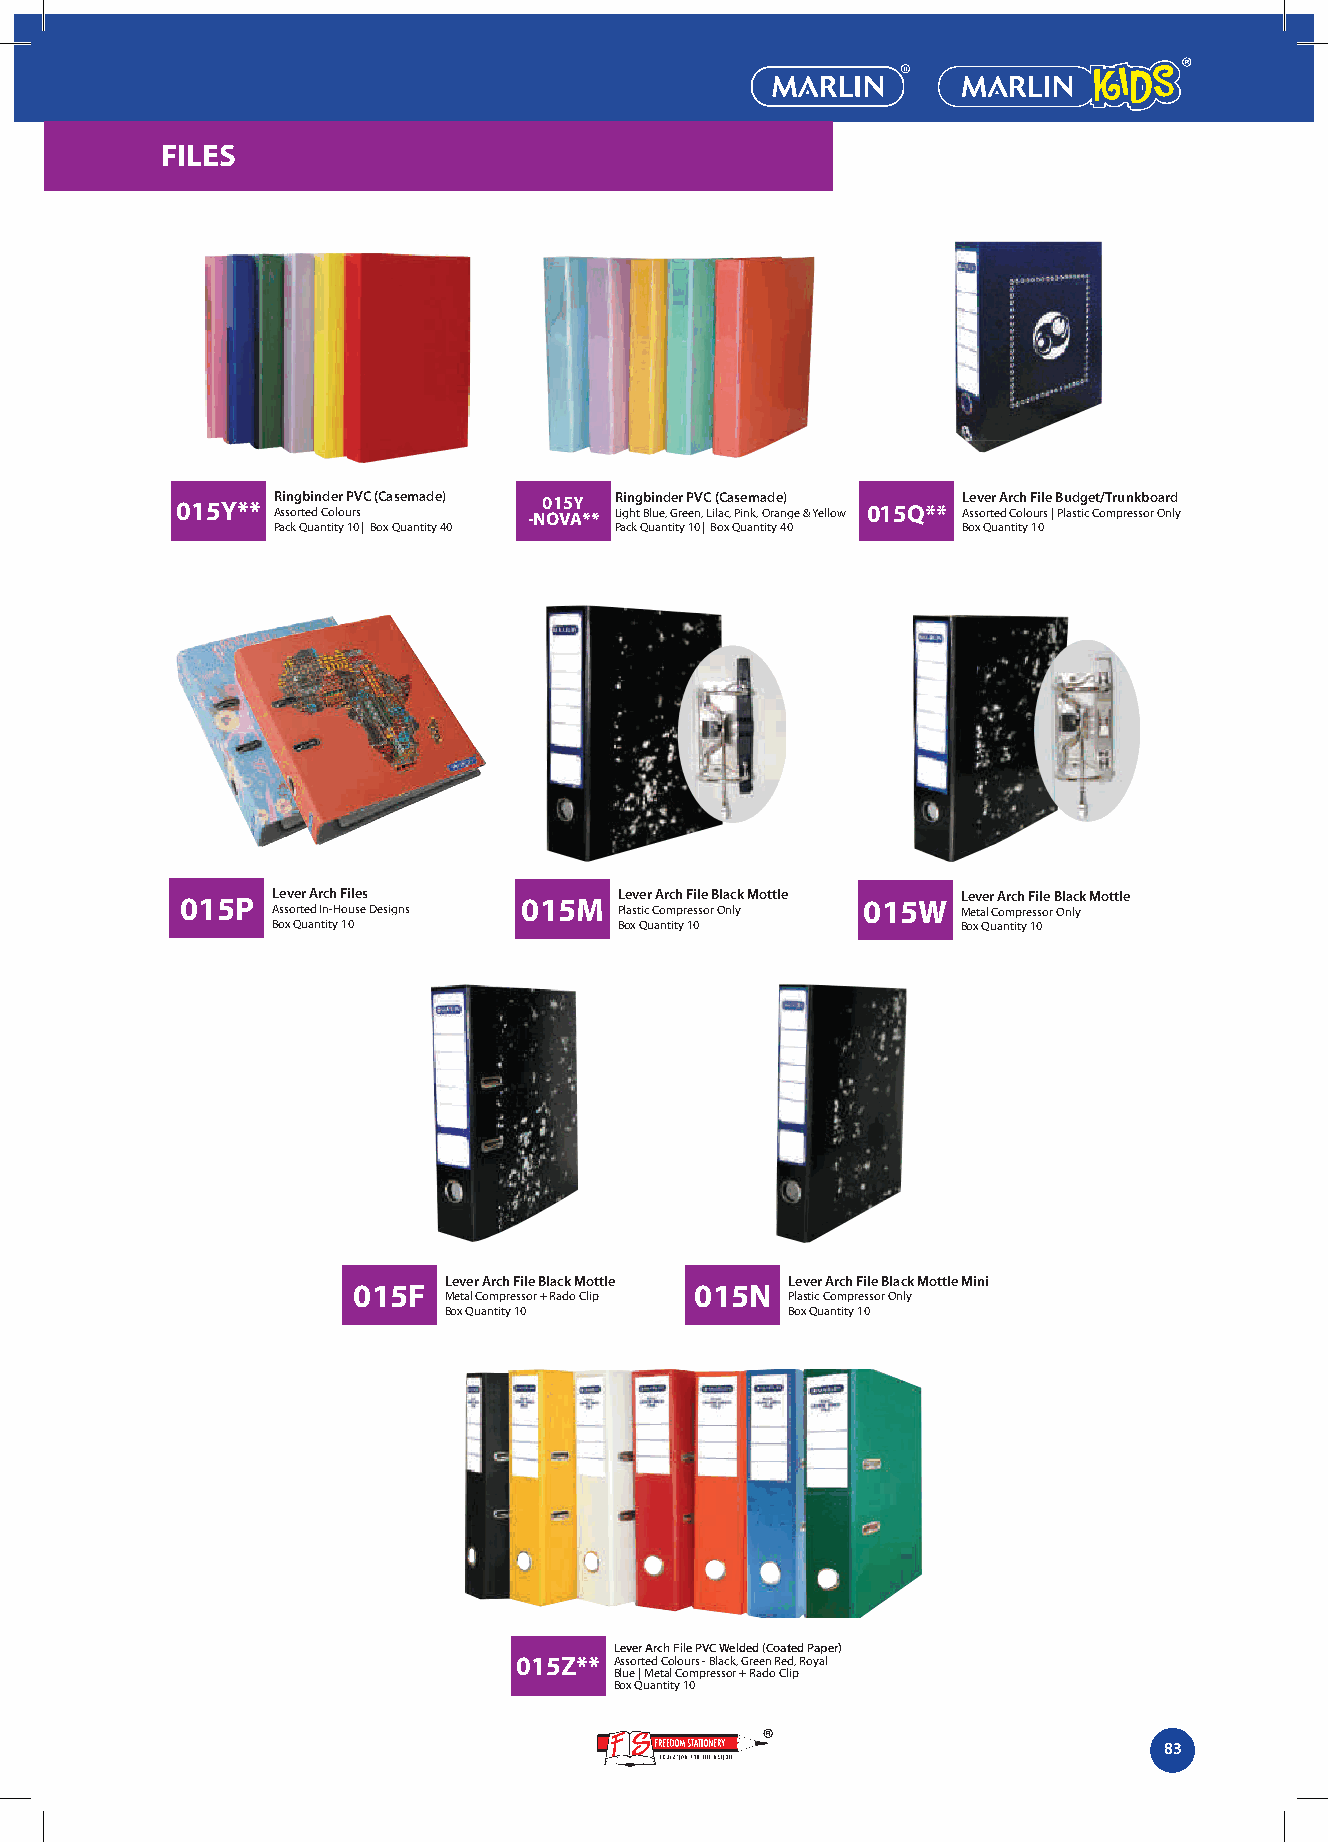
FILES
 015Y** R Asin sog rtb ei dn Cd oe lr o uP rV sC (Casemade) -N0 O1 V5 AY ** R Lii gn hg t b Bli un ed , Ger re P eV n,C L i( laC ca , s Pe inm k, a Od rae n) ge & Yellow 015Q** L Ae ssv oe rtr e A d r Cc oh lo F ui rl se | B Pu lad stg ice Ct o/T mr pu rn esk sb oo r Oar nd ly
 Pack Quantity 10 | Box Quantity 40 Pack Quantity 10 | Box Quantity 40 Box Quantity 10
 015P  L Ae ssv oe rtr e A d r Ic nh -H F oi ule ses Designs 015M L Ple av ste icr CA or mch p rF ei sl se o rB Ola nc lyk Mottle 015W L Me ev tae lr C A omrc ph r eF si sl oe r B Ol na lc yk Mottle
 Box Quantity 10        Box Quantity 10        Box Quantity 10
 Lever Arch File Black Mottle Lever Arch File Black Mottle Mini
 015F                   015N
 Metal Compressor + Rado Clip Plastic Compressor Only
 Box Quantity 10        Box Quantity 10
 Lever Arch File PVC Welded (Coated Paper)
 015Z** Assorted Colours - Black, Green Red, Royal
 Blue | Metal Compressor + Rado Clip
 Box Quantity 10
 83